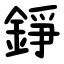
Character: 錚